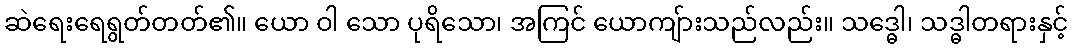
ဆဲရေးရေရွတ်တတ်၏။ ယော ဝါ သော ပုရိသော၊ အကြင် ယောကျ်ားသည်လည်း။ သဒ္ဓေါ၊ သဒ္ဓါတရားနှင့်